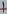
Text: 7